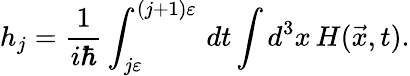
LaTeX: h_{j}={\frac{1}{i\hbar}}\int_{j\varepsilon}^{(j+1)\varepsilon}\, dt\int d^{3}x\, H({\vec{x}},t).